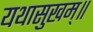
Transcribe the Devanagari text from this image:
यथासुखम्॥